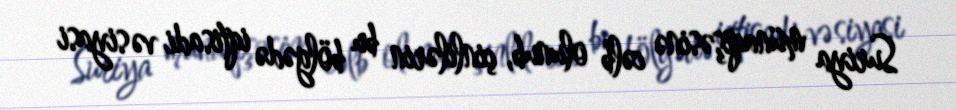
Suriya münaqişəsinə cəlb olunub, çinlilərin bu bölgədə iqtisadi və siyasi